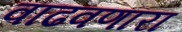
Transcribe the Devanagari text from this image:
वाढवणारा